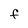
Character: f